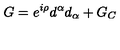
G = e ^ { i \rho } d ^ { \alpha } d _ { \alpha } + G _ { C }